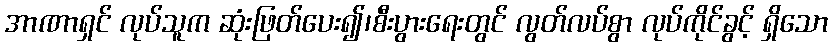
အာဏာရှင် လုပ်သူက ဆုံးဖြတ်ပေး၍၊စီးပွားရေးတွင် လွတ်လပ်စွာ လုပ်ကိုင်ခွင့် ရှိသော